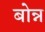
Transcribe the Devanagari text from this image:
बोन्न